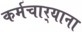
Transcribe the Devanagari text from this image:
कर्मचार्‍याना